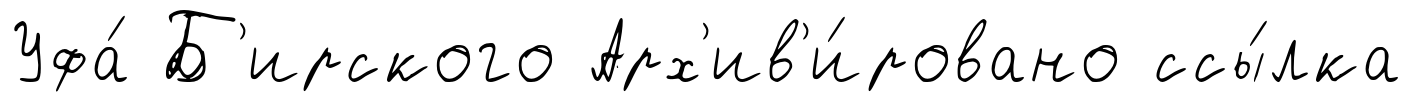
Уфа́ Б'ирского Арх'ив'и́ровано ссы́лка